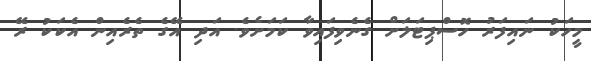
މީހަކު ނައިފަރު ހޮސްޕިޓަލަށް ގެނެވިފައިވާ ކަމަށެވެ. އަދި އޭގެ ތެރެއިން އެކަކު ރޭ